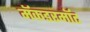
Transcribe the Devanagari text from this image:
मॅकडरमॉट